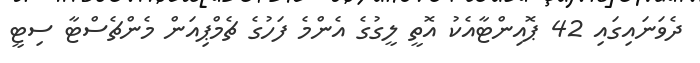
ދެވަނައިގައި 42 ޕޮއިންޓާއެކު އޮތީ ލީގުގެ އެންމެ ފަހުގެ ޗެމްޕިއަން މެންޗެސްޓާ ސިޓީ